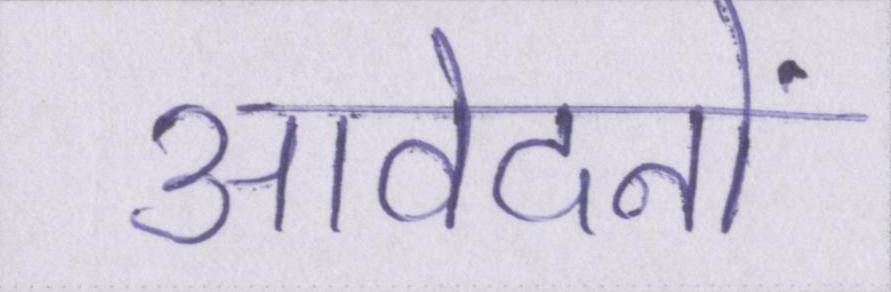
आवेदनों